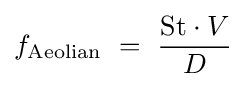
f_{\text{Aeolian}}\ =\ {\frac {{\mbox{St}}\cdot V}{D}}